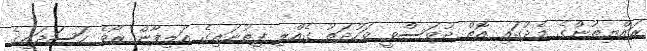
ރައްޔިތުންގެ މެދުގައި އޮތް ދުވަސްވީ ވަހުދަތު ގެއްލި ފިތުނައިގެ އަލިފާން ރޯވެ ހަސަދައިގެ